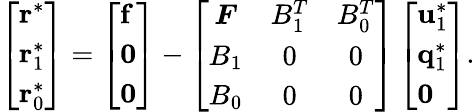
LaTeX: \begin{array}{r}{\left[\begin{array}{l}{\mathbf{r}^{*}}\\ {\mathbf{r}_{1}^{*}}\\ {\mathbf{r}_{0}^{*}}\end{array}\right]=\left[\begin{array}{l}{\mathbf{f}}\\ {\mathbf{0}}\\ {\mathbf{0}}\end{array}\right]-\left[\begin{array}{ccc}{\boldsymbol{F}}&{B_{1}^{T}}&{B_{0}^{T}}\\ {B_{1}}&{0}&{0}\\ {B_{0}}&{0}&{0}\end{array}\right]\left[\begin{array}{l}{\mathbf{u}_{1}^{*}}\\ {\mathbf{q}_{1}^{*}}\\ {\mathbf{0}}\end{array}\right].}\end{array}